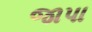
જાપા